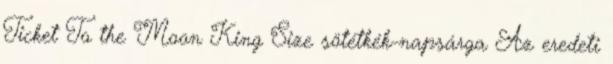
Ticket To the Moon King Size sötétkék-napsárga Az eredeti